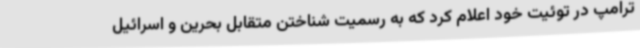
ترامپ در توئیت خود اعلام کرد که به رسمیت شناختن متقابل بحرین و اسرائیل